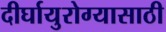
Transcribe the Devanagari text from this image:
दीर्घायुरोग्यासाठी